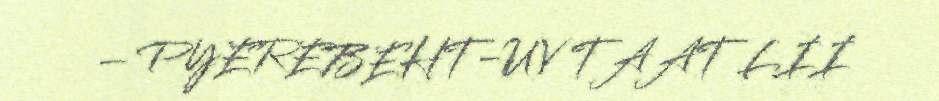
– PYEREBEHT-UV TAAT LII